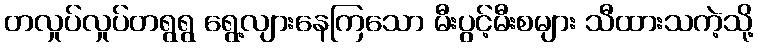
တလှုပ်လှုပ်တရွရွ ရွေ့လျားနေကြသော မီးပွင့်မီးစများ သီထားသကဲ့သို့